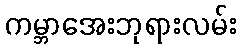
ကမ္ဘာအေးဘုရားလမ်း